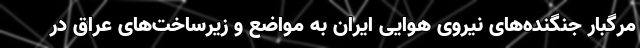
مرگبار جنگنده‌های نیروی هوایی ایران به مواضع و زیرساخت‌های عراق در